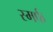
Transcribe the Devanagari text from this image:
स्मर्फ